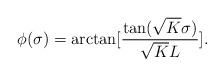
LaTeX: \begin{align*}\phi(\sigma)=\arctan[\frac{\tan(\sqrt{K}\sigma)}{\sqrt{K}L}].\end{align*}